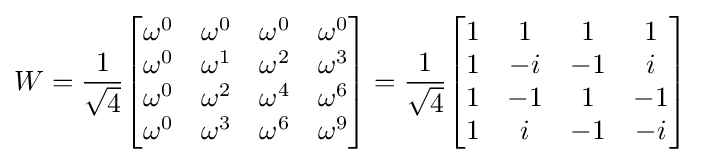
W={\frac {1}{\sqrt {4}}}{\begin{bmatrix}\omega ^{0}&\omega ^{0}&\omega ^{0}&\omega ^{0}\\\omega ^{0}&\omega ^{1}&\omega ^{2}&\omega ^{3}\\\omega ^{0}&\omega ^{2}&\omega ^{4}&\omega ^{6}\\\omega ^{0}&\omega ^{3}&\omega ^{6}&\omega ^{9}\\\end{bmatrix}}={\frac {1}{\sqrt {4}}}{\begin{bmatrix}1&1&1&1\\1&-i&-1&i\\1&-1&1&-1\\1&i&-1&-i\end{bmatrix}}